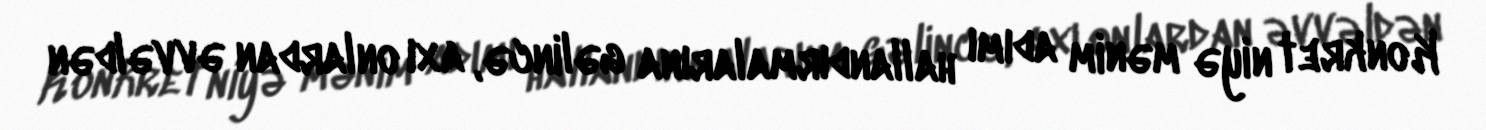
Konkret niyə mənim adımı hallandırmalarına gəlincə, axı onlardan əvvəldən